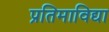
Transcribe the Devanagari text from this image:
प्रतिमाविद्या